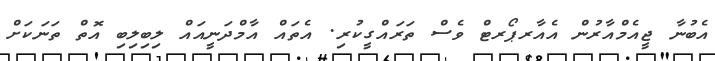
އެބުނާ ޖީއެމްއާރުން އެއާރޕޯރޓް ވެސް ތަރައްގީކުރި. އެތައް އާމްދަނީއައް ލިބިލިބި އޮތް ތަނަކަށް